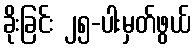
ခိုးခြင်း ၂၅-ပါးမှတ်ဖွယ်